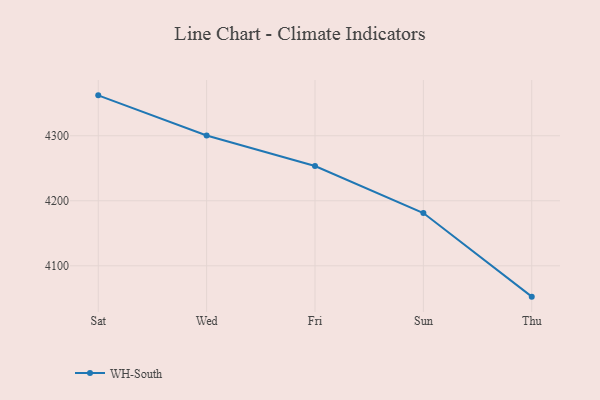
{"axis": {"x": "Day", "y": "Population (Million)"}, "legend": ["WH-South"], "data": [{"x": "Sat", "y": 4362.1, "type": "WH-South"}, {"x": "Wed", "y": 4300.4, "type": "WH-South"}, {"x": "Fri", "y": 4253.5, "type": "WH-South"}, {"x": "Sun", "y": 4181.1, "type": "WH-South"}, {"x": "Thu", "y": 4052.6, "type": "WH-South"}]}